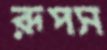
রূপস